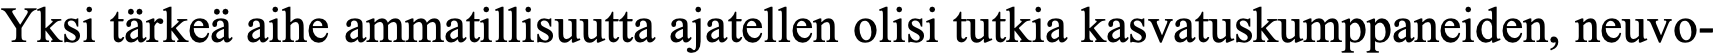
Yksi tärkeä aihe ammatillisuutta ajatellen olisi tutkia kasvatuskumppaneiden, neuvo-